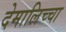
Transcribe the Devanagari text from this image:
देमालिच्चा